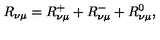
R _ { \nu \mu } = R _ { \nu \mu } ^ { + } + R _ { \nu \mu } ^ { - } + R _ { \nu \mu } ^ { 0 } ,